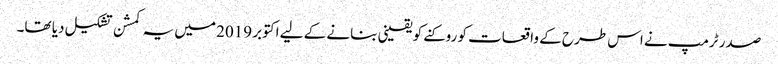
صدر ٹرمپ نے اس طرح کے واقعات کو روکنے کو یقینی بنانے کے لیے اکتوبر 2019 میں یہ کمشن تشکیل دیا تھا۔